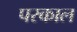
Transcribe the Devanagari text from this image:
परकाल